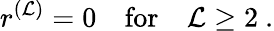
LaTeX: r^{(\mathcal{L})}=0\quad\mathrm{{for}}\quad\mathcal{L}\geq2\ .